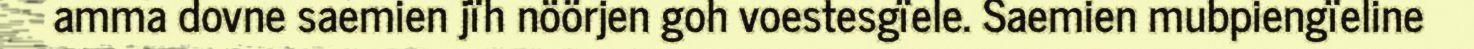
amma dovne saemien jïh nöörjen goh voestesgïele. Saemien mubpiengïeline